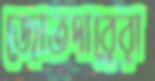
জোতদারেরা